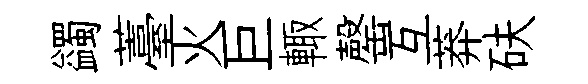
蠲薹火巨輙罄互莽砆